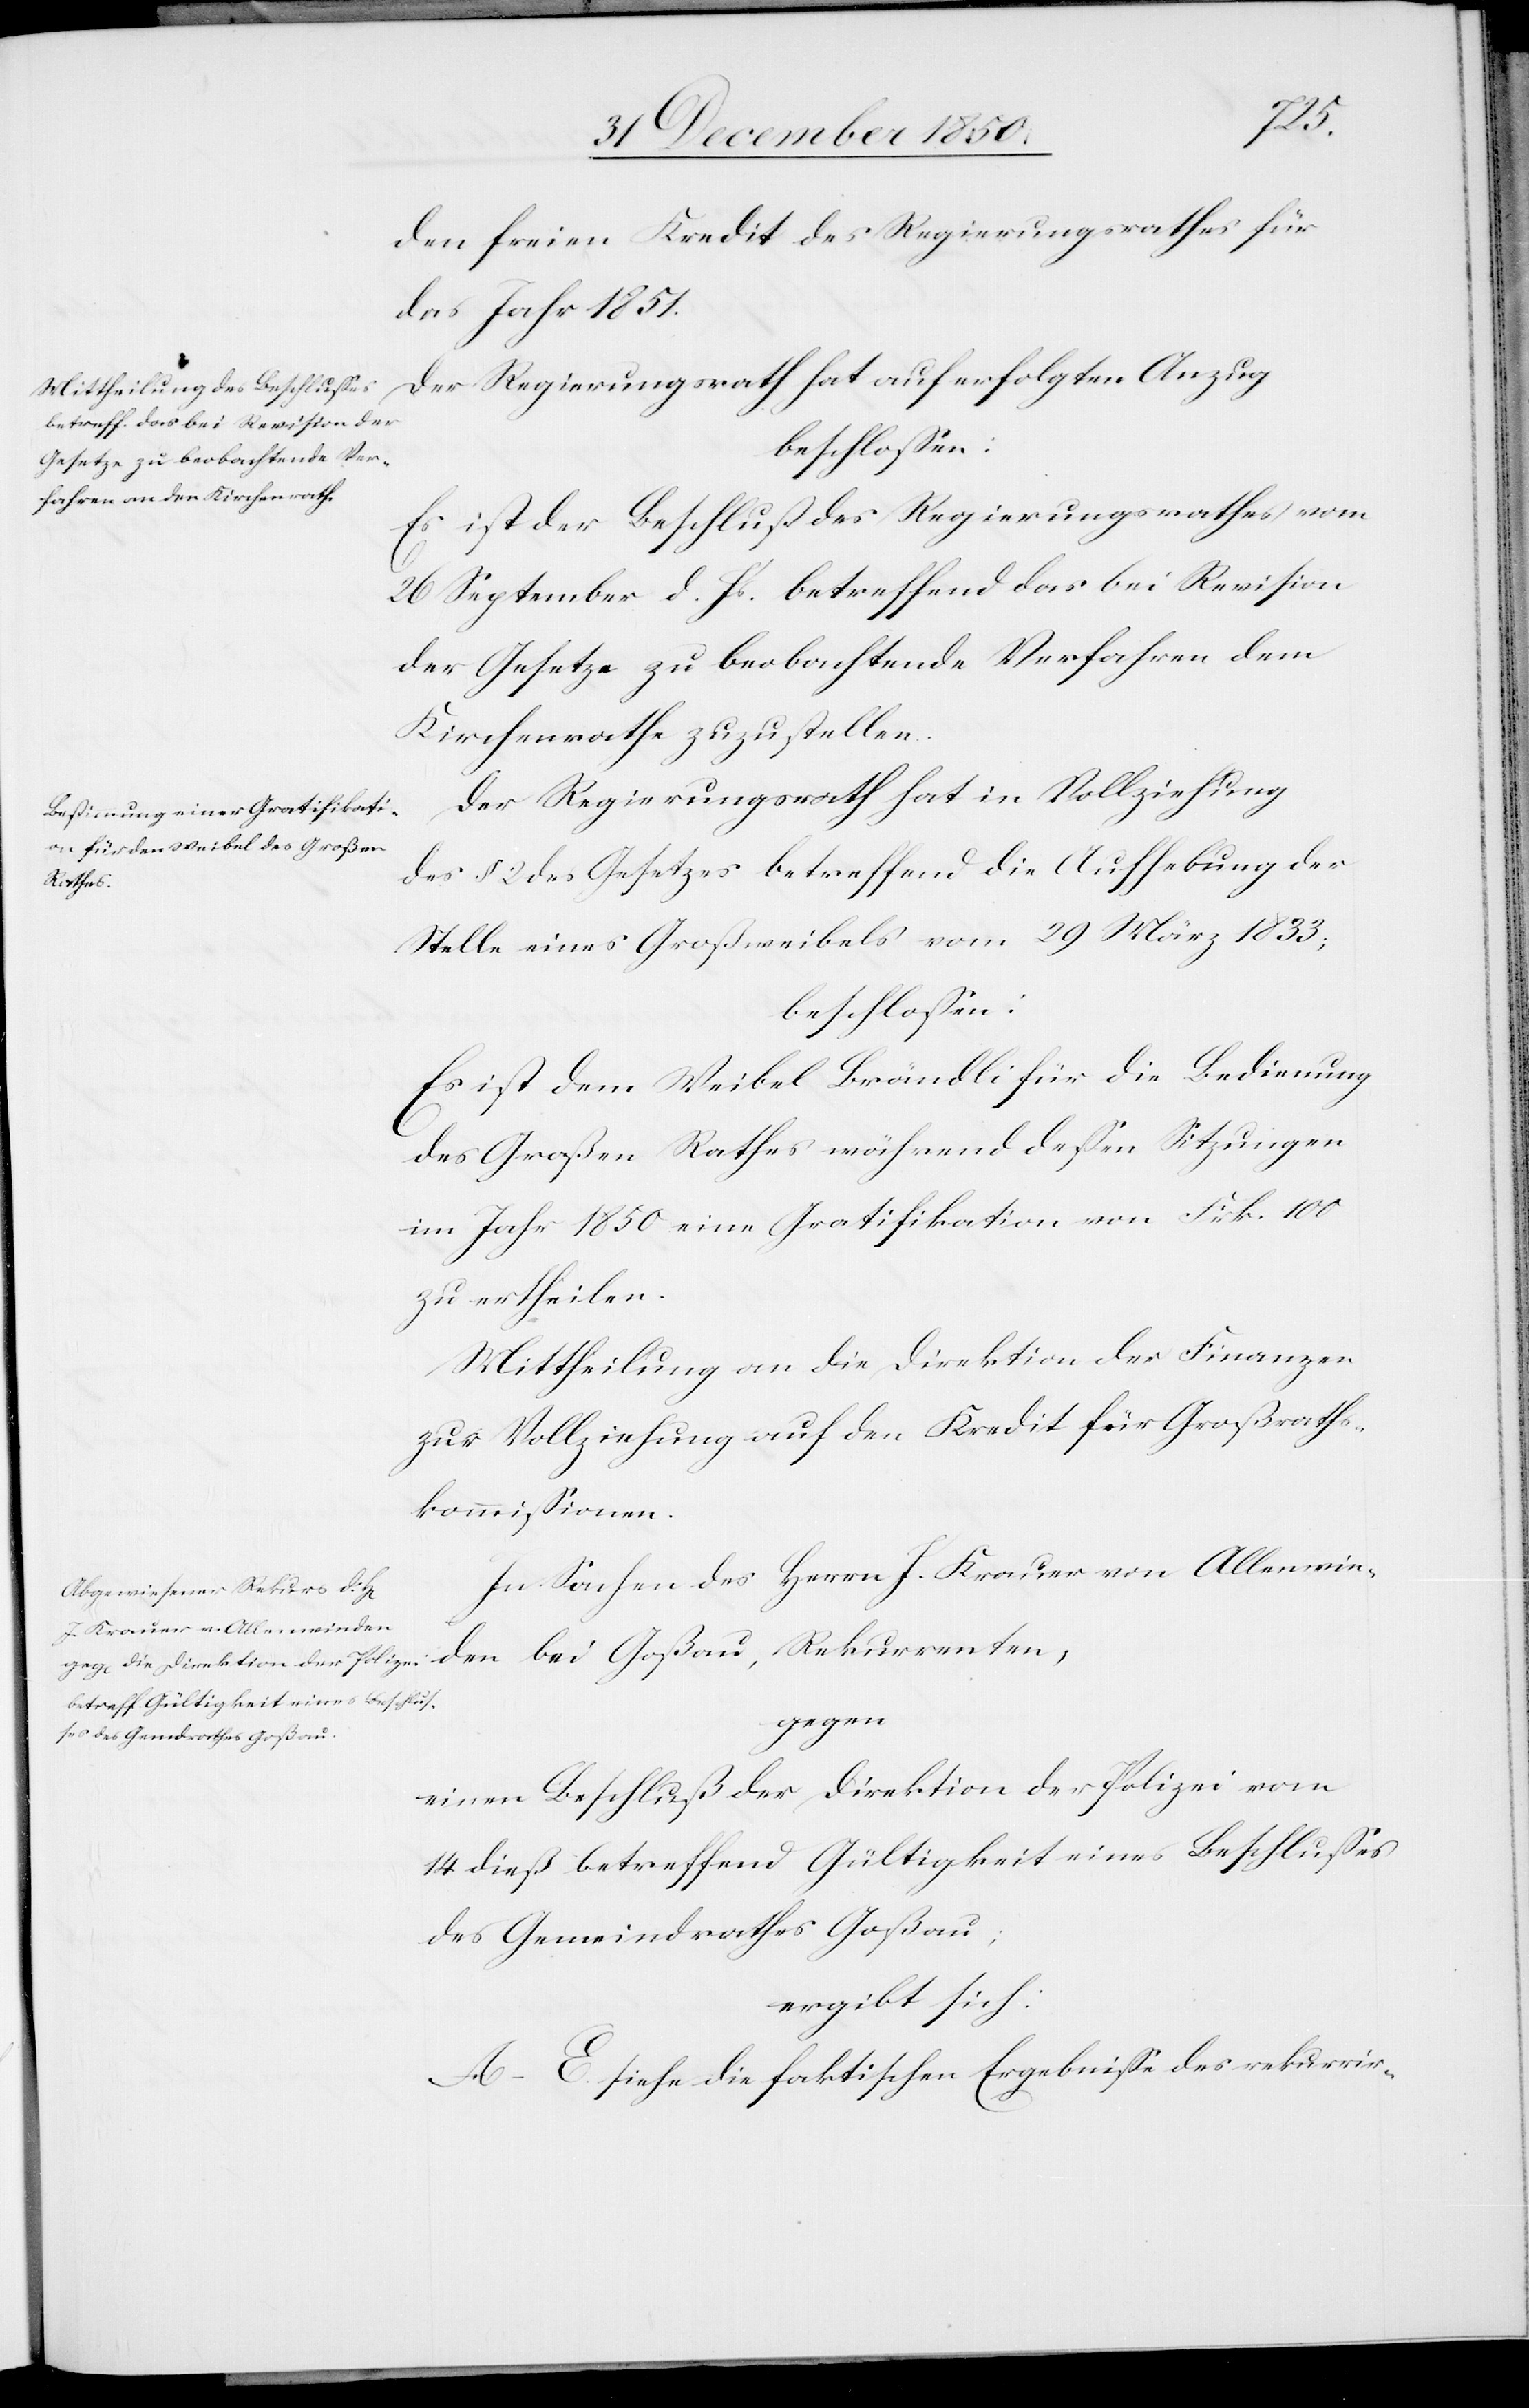
den
den freien Kredit des Regierungsrathes für
das Jahr 1851.
Der Regierungsrath hat auf erfolgten Anzug
Es ist der Beschluß des Regierungsrathes vom
26 September d. Js. betreffend das bei Revision
der Gesetze zu beobachtende Verfahren dem
Kirchenrathe zuzustellen.
Der Regierungsrath hat in Vollziehung
des § 2 des Gesetzes betreffend die Aufhebung der
Stelle eines Großweibels vom 29 März 1833;
beschlossen:
Es ist dem Weibel Brändli für die Bedienung
des Großen Rathes während dessen Sitzungen
im Jahr 1850 eine Gratifikation von Frk. 100
zu ertheilen.
In Sachen des Herrn J. Krauer von Allenwie¬
gegen
einen Beschluß der Direktion der Polizei vom
14 dieß betreffend Gültigkeit eines Beschlusses
des Gemeindrathes Goßau;
ergibt sich:
A–E. siehe die faktischen Ergebnisse des rekurrir-